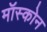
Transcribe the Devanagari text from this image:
मॉस्कोन